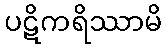
ပဋိကရိဿာမိ